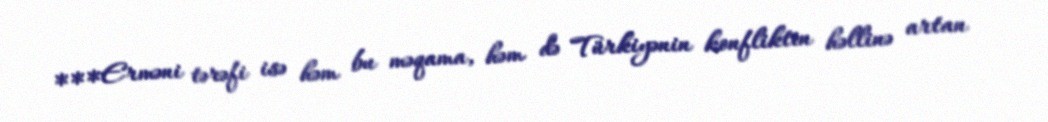
***Erməni tərəfi isə həm bu məqama, həm də Türkiyənin konfliktin həllinə artan